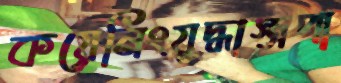
কয়েনিংযুদ্ধাস্ত্রপা